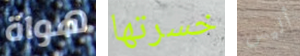
هواة خسرتها أليس